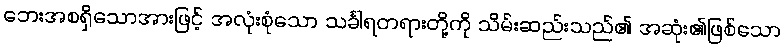
ဘေးအစရှိသောအားဖြင့် အလုံးစုံသော သင်္ခါရတရားတို့ကို သိမ်းဆည်းသည်၏ အဆုံး၏ဖြစ်သော